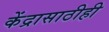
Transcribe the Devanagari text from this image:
केंद्रासाठीही